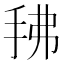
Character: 𰓖